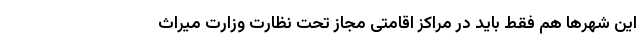
این شهرها هم فقط باید در مراکز اقامتی مجاز تحت نظارت وزارت میراث